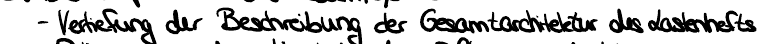
- Vertiefung der Beschreibung der Gesamtarchitektur des Lastenhefts